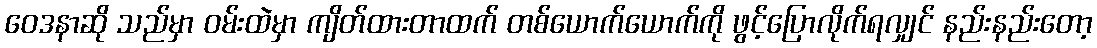
ဝေဒနာဆို သည်မှာ ဝမ်းထဲမှာ ကျိတ်ထားတာထက် တစ်ယောက်ယောက်ကို ဖွင့်ပြောလိုက်ရလျှင် နည်းနည်းတော့